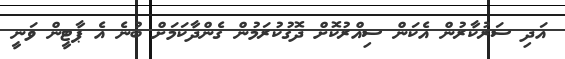
އަދި ސަރުކާރުން އެކަން ސިއްރުކޮށް ދޮގުކުރަމުން ގެންދާކަމަށް ބުނެ އެ ޕާޓީން ވަނީ